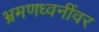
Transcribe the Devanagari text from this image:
भ्रमणध्वनींवर